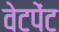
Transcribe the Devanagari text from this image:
वेटपेंट